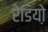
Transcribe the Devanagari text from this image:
रेडियो़